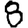
Digit: 8